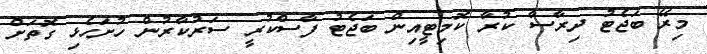
މިރޭ ބަޖެޓު ދިރާސާ ކުރާ ކޮމިޓީއިން ބަޖެޓު ފާސްކުރީ ސަރުކާރުން ހުށަހެޅި ގޮތަށް